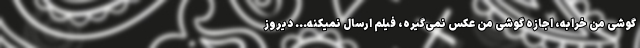
گوشی من خرابه، اجازه گوشی من عکس نمی‌گیره، فیلم ارسال نمیکنه... دیروز